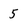
Character: 5